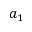
a _ { 1 }